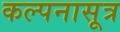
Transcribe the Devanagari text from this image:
कल्पनासूत्र